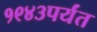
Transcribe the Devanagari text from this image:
१९४३पर्यंत